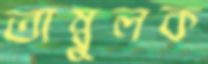
তাম্বুলক